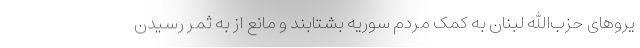
یروهای حزب‌الله لبنان به کمک مردم سوریه بشتابند و مانع از به ثمر رسیدن